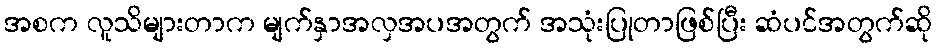
အစက လူသိများတာက မျက်နှာအလှအပအတွက် အသုံးပြုတာဖြစ်ပြီး ဆံပင်အတွက်ဆို